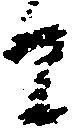
者